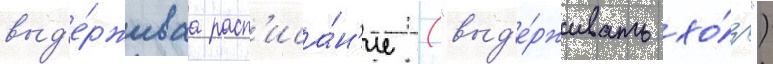
выд'е́рживаа расп'иса́н'ие ("выд'е́рживать хо́д")